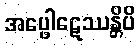
အပ္ဖေါဋေဿန္တိပိ